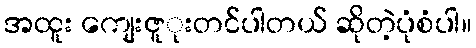
အထူး ကျေးဇူုးတင်ပါတယ် ဆိုတဲ့ပုံစံပါ။